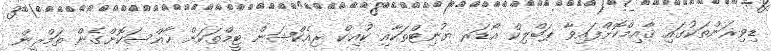
ޑިވިޜަންތަކުގައި ޤާއިމްކޮށްފައިވާ ޕަބްލިކް އޯޑަރ ޔުނިޓްތަކާއި ކުއިކް ރިއެކްޝަން ޓީމްތަކަށް ޚާއްސަކޮށްގެން ތަމްރީން